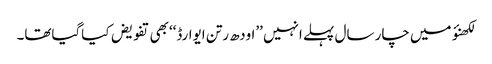
لکھنؤ میں چار سال پہلے انہیں ’’اودھ رتن ایوارڈ‘‘بھی تفویض کیاگیاتھا۔